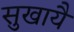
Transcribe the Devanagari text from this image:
सुखायै